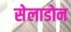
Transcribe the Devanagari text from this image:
सेलाडोन